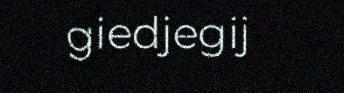
giedjegij